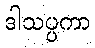
ဒါသပ္ပကာ